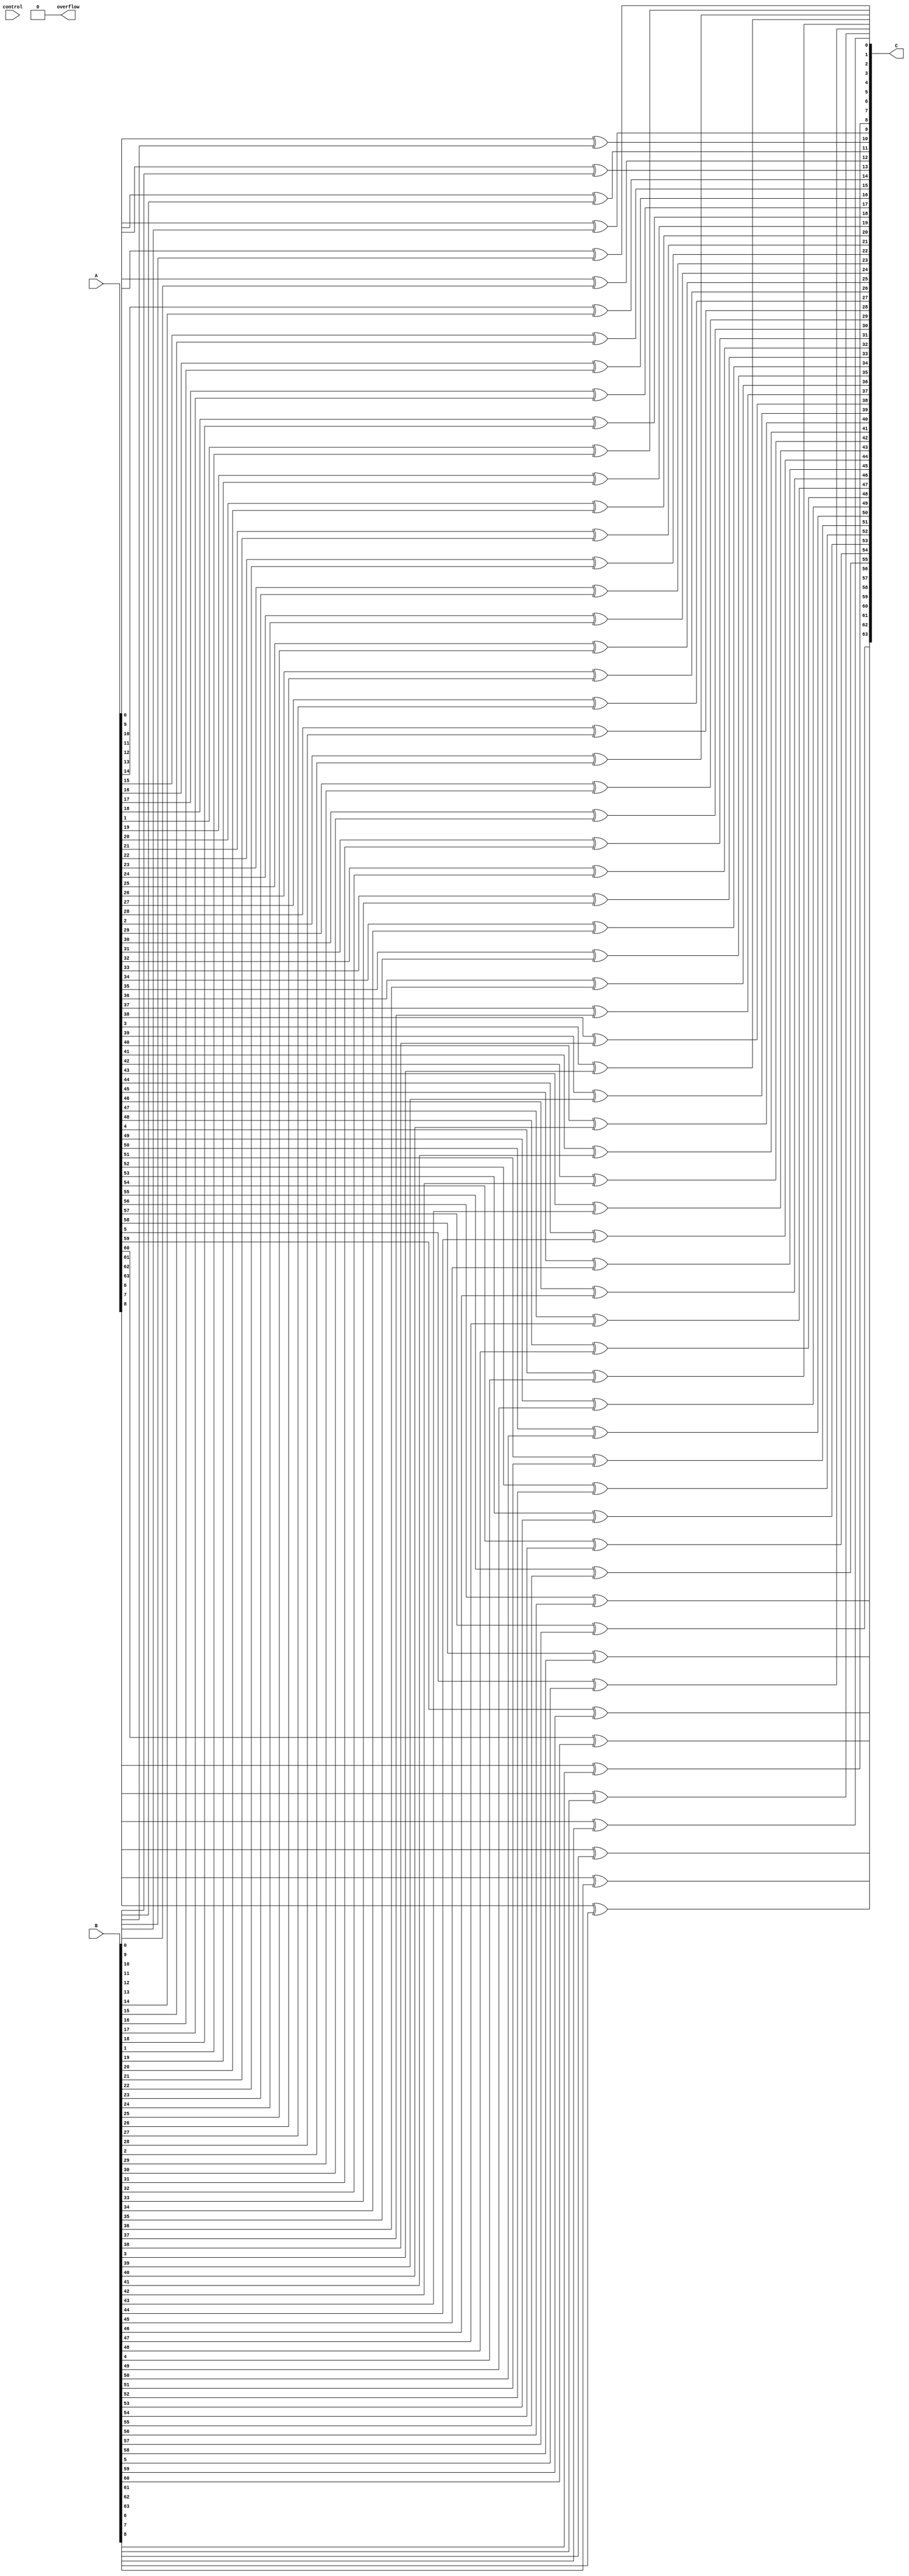
module xor64(output signed [63:0] C ,output overflow,input signed [63:0] A,input signed [63:0] B,input [1:0] control);
    
    //always @(*) begin
    genvar i;
    for(i=0; i<64; i=i+1) begin
        xor(C[i], A[i], B[i]);
    end
    //end
    assign overflow = 1'b0;

endmodule